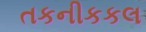
તકનીકકલ